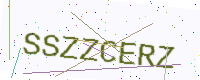
Text: SSZZCERZ